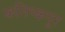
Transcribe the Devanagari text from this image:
कनिष्कपूर